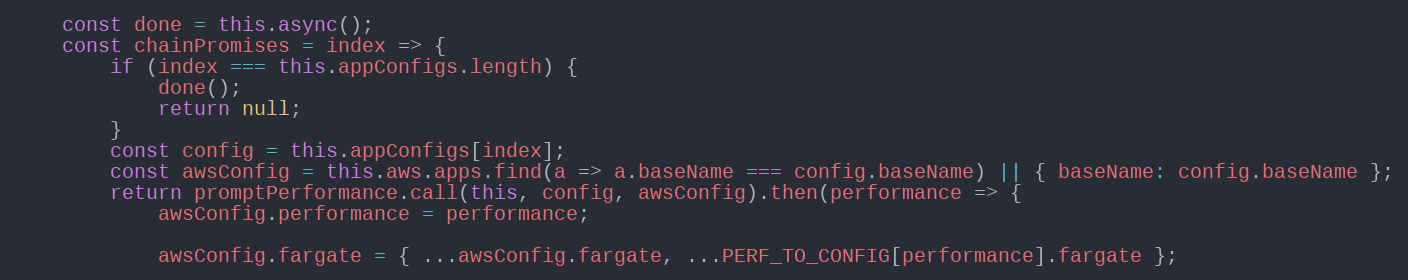
Language: JavaScript
    const done = this.async();
    const chainPromises = index => {
        if (index === this.appConfigs.length) {
            done();
            return null;
        }
        const config = this.appConfigs[index];
        const awsConfig = this.aws.apps.find(a => a.baseName === config.baseName) || { baseName: config.baseName };
        return promptPerformance.call(this, config, awsConfig).then(performance => {
            awsConfig.performance = performance;

            awsConfig.fargate = { ...awsConfig.fargate, ...PERF_TO_CONFIG[performance].fargate };